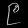
Digit: ၉